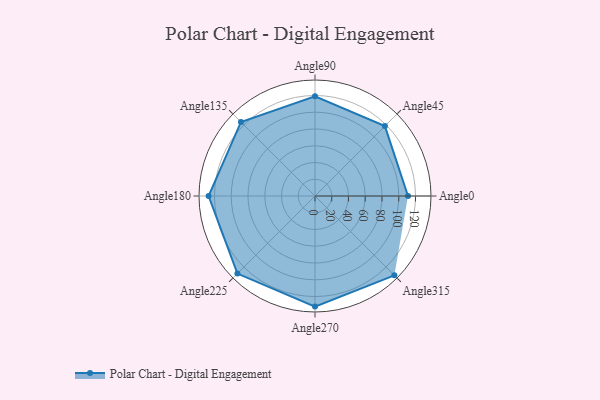
{"axis": {"x": "Angle", "y": "Radius"}, "legend": [""], "data": [{"x": "Angle0", "y": 111.0, "type": ""}, {"x": "Angle45", "y": 118.0, "type": ""}, {"x": "Angle90", "y": 119.0, "type": ""}, {"x": "Angle135", "y": 125.0, "type": ""}, {"x": "Angle180", "y": 127.0, "type": ""}, {"x": "Angle225", "y": 131.0, "type": ""}, {"x": "Angle270", "y": 132.0, "type": ""}, {"x": "Angle315", "y": 134.0, "type": ""}]}